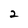
Character: 2